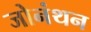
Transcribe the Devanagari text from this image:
जोनंथन